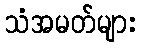
သံအမတ်များ